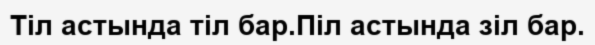
Тіл астында тіл бар.Піл астында зіл бар.